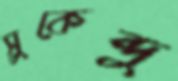
সুকেন্দু